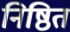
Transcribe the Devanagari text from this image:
निष्ठित